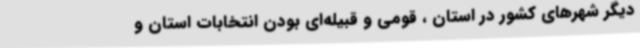
دیگر شهرهای کشور در استان ، قومی و قبیله‌ای بودن انتخابات استان و